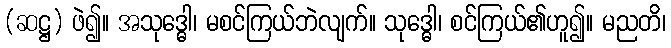
(ဆဋ္ဌ) ဖဲ၍။ အသုဒ္ဓေါ၊ မစင်ကြယ်ဘဲလျက်။ သုဒ္ဓေါ၊ စင်ကြယ်၏ဟူ၍။ မညတိ၊